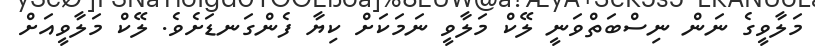
މަލާވީގެ ނަން ނިސްބަތްވަނީ ލޭކް މަލާވީ ނަމަކަށް ކިޔާ ފެންގަނޑަށެވެ. ލޭކް މަލާވީއަށް